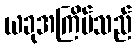
ယခုအကြိမ်သည်